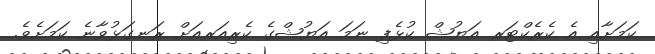
ކަމަށާއި އެ ކެރެކްޓަރ އަޔުޝް ކުޅެފި ނަމަ އަޔުޝްގެ ކެރިއަރއަށް ރަނގަޅުވާނެ ކަމަށެވެ.